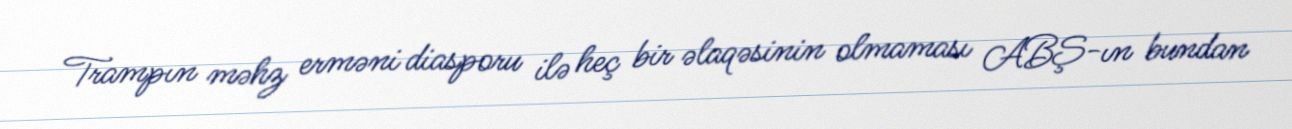
Trampın məhz erməni diasporu ilə heç bir əlaqəsinin olmaması ABŞ-ın bundan